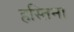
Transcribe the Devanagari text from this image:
हस्तिना